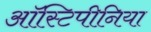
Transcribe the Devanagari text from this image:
ऑस्टिपीनिया